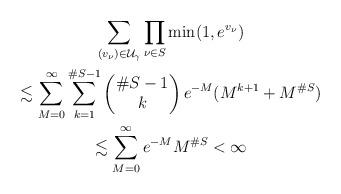
LaTeX: \begin{gather*}\sum_{(v_\nu)\in \mathcal{U}_\gamma} \prod_{\nu\in S} \min(1,e^{v_\nu}) \\\lesssim \sum_{M=0}^\infty \sum_{k=1}^{\#S-1} \begin{pmatrix} \#S-1\\ k\end{pmatrix}e^{-M}(M^{k+1}+M^{\#S}) \\\lesssim \sum_{M=0}^\infty e^{-M} M^{\#S} < \infty \end{gather*}